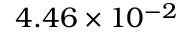
4 . 4 6 \times 1 0 ^ { - 2 }